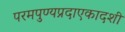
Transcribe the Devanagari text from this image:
परमपुण्यप्रदाएकादशी